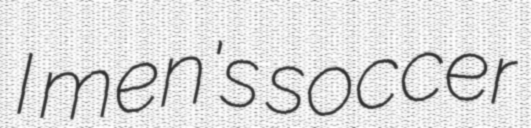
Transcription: I men's soccer